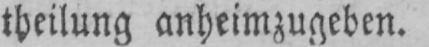
theilung anheimzugeben.